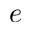
e